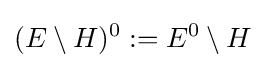
(E\setminus H)^{0}:=E^{0}\setminus H